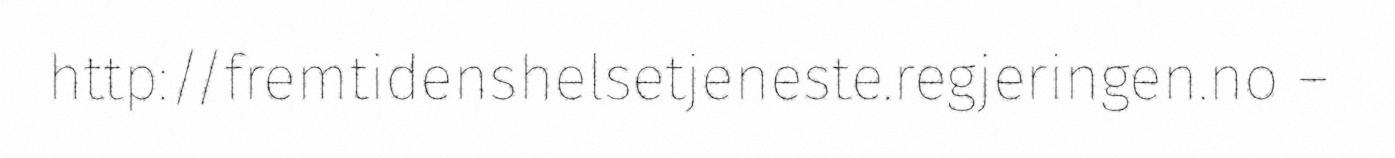
http://fremtidenshelsetjeneste.regjeringen.no –